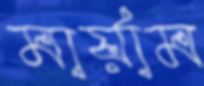
মার্য়াম